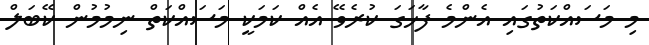
މި މަސައްކަތުގައި އެންމެ ފާހަގަ ކުރެވޭ އެއް ކަމަކީ މަސައްކަތް ނިމުމުން ކޭބަލް